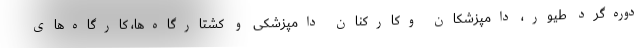
دوره‌گرد طیور، دامپزشکان وکارکنان دامپزشکی و کشتارگاه‌ها، کارگاه‌های